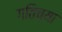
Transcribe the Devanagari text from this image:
गतिच्या